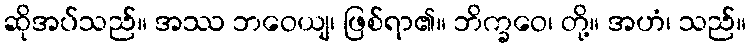
ဆိုအပ်သည်။ အဿ ဘဝေယျ၊ ဖြစ်ရာ၏။ ဘိက္ခဝေ၊ တို့။ အဟံ၊ သည်။